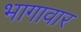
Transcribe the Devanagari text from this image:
भागावार